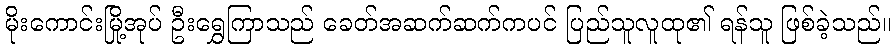
မိုးကောင်းမြို့အုပ် ဦးရွှေကြာသည် ခေတ်အဆက်ဆက်ကပင် ပြည်သူလူထု၏ ရန်သူ ဖြစ်ခဲ့သည်။